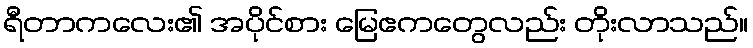
ရီတာကလေး၏ အပိုင်စား မြေဧကတွေလည်း တိုးလာသည်။